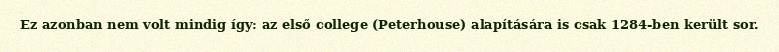
Ez azonban nem volt mindig így: az első college (Peterhouse) alapítására is csak 1284-ben került sor.